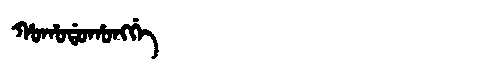
Manchu: ᡥᠣᡥᠣᡩᠣᡥᠣᠩᡤᡝ
Romanization: HOHODOHONGGE